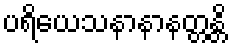
ပရိယေသနာနာနတ္တန္တိ